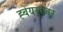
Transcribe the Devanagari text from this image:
ह्वेयरएवर